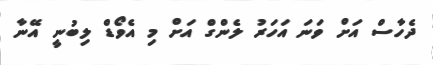
ދެހާސް އަށް ވަނަ އަހަރު ލެންގް އަށް މި އެވޯޑް ލިބުނީ އޭނާ